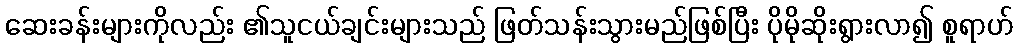
ဆေးခန်းများကိုလည်း ၏သူငယ်ချင်းများသည် ဖြတ်သန်းသွားမည်ဖြစ်ပြီး ပိုမိုဆိုးရွားလာ၍ စူရာဟ်